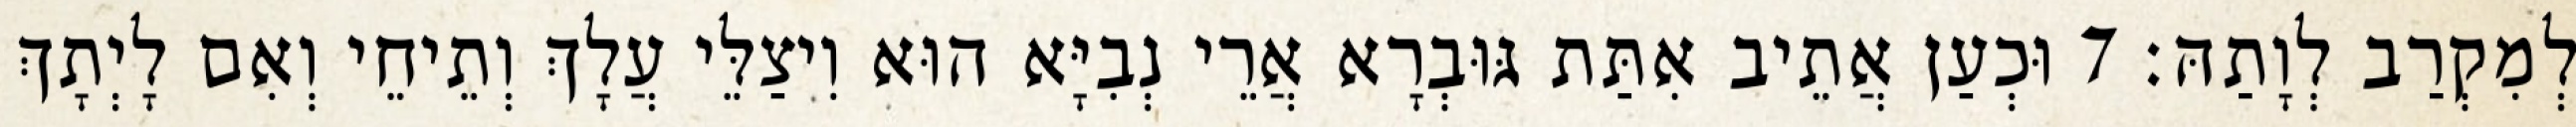
לְמִקְרַב לְוָתַהּ׃ 7 וּכְעַן אֲתֵיב אִתַּת גּוּבְרָא אֲרֵי נְבִיָּא הוּא וִיצַלֵּי עֲלָךְ וְתֵיחֵי וְאִם לָיְתָךְ